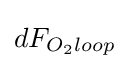
dF_{O_{2}loop}